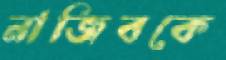
নাজিবকে